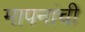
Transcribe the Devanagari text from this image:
मापनांची